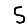
Digit: 5